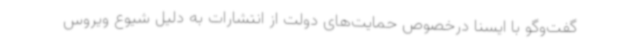
گفت‌وگو با ایسنا درخصوص حمایت‌های دولت از انتشارات به دلیل شیوع ویروس